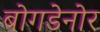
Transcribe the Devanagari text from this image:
बोगडेनोर